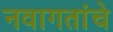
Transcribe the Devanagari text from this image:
नवागतांचे